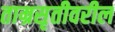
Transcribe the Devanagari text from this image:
ताम्रसृतीवरील